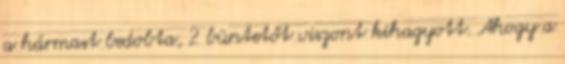
a hármast bedobta, 2 büntetőt viszont kihagyott. Ahogy a